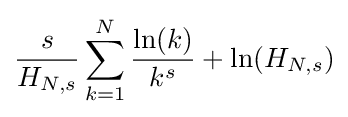
{\frac {s}{H_{N,s}}}\sum \limits _{k=1}^{N}{\frac {\ln(k)}{k^{s}}}+\ln(H_{N,s})